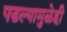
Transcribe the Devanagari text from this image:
पडल्यामुळेही